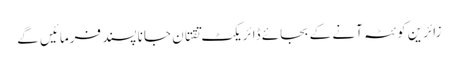
زائرین کوئٹہ آنے کے بجائے ڈائریکٹ تقتان جانا پسند فرمائیں گے